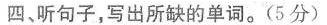
四、听句子，写出所缺的单词。（5分）